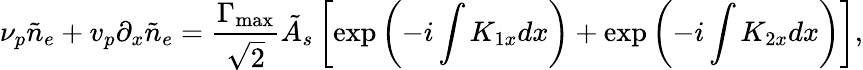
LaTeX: \nu_{p}\tilde{n}_{e}+v_{p}\partial_{x}\tilde{n}_{e}=\frac{\Gamma_{\mathrm{max}}}{\sqrt{2}}\tilde{A}_{s}\left[\exp\left(-i\int K_{1x}dx\right)+\exp\left(-i\int K_{2x}dx\right)\right],